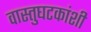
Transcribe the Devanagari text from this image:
वास्तुघटकांशी